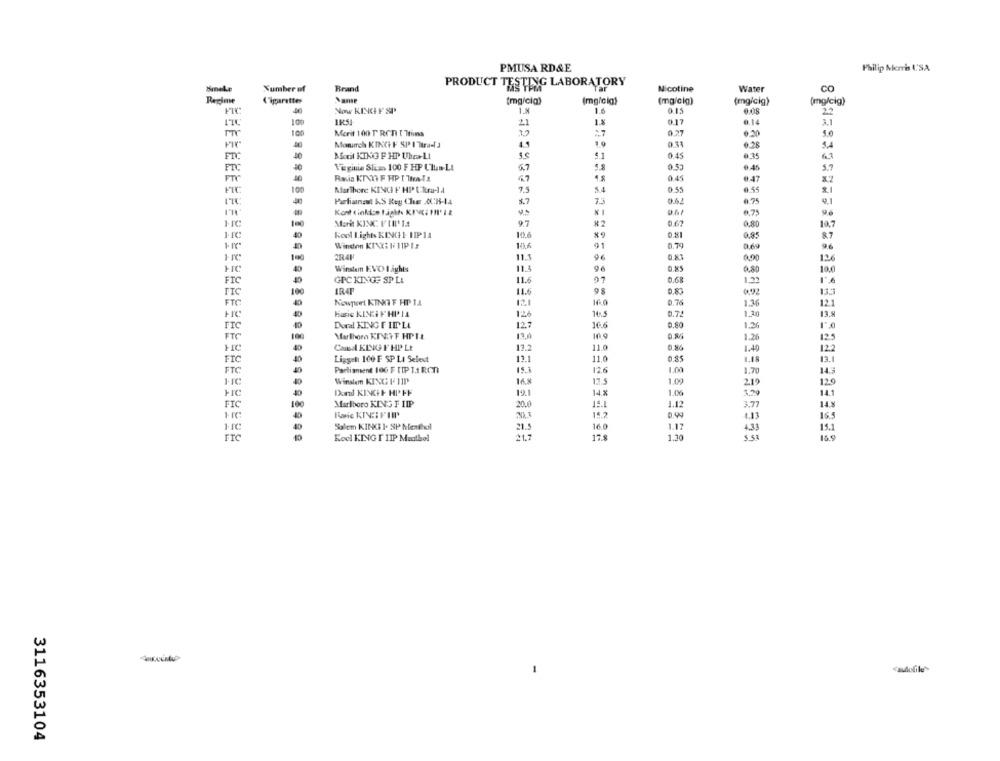
PMUSA RD&E
Philip Morris USA
dineke
Number of
Brand
PRODUCT TESTING LABORATORY
Nicotine
Water
CO
Regime
Cigarettes
(mg/cia)
(mg/cig)
(mg/cig)
(mg/cig)
(mg/cig)
Now KING F SP
0.15
22
170
21
1.8
0.17
0.14
3.1
100
Merit 100 T RON I Trins
27
0.27
0.20
OF
Monarch KIKG F SP I'Mtradi 3
6.28
14
FT
Moeil KING F HP UhrLL
0.45
0.15
63
Virginie Slim 100 F HP CTLa-LI
0.50
3.7
PIC
FTY
0.45
0.47
10
MarThere KINCH F HP Ultra-] A
7.5
5.4
0.55
0.74
Parfinnast &S Key Cher X:35-14
*7
73
0.62
0.75
Mar KING FILIA
9.7
0,80
Kool Lights KINCH IIPIA
10.6
0.81
0,95
0.69
1. 18"
Winden KIXX: F 11PIS
2R41
11.3
96
0.00
11.4
0,80
FIC
Winston EVO Lights
FIC
GPC KINGS SP LA
11.6
1.33
11.6
98
FIC
133
FTC
Newport KINKIF HP 11
0.76
1.36
12.1
Hasis KIN FHI'IA
1.20
не
13.8
TTC
Dual KING FIILI
12.7
10.6
0.80
Marthora KINY F HPIt
16.9
1.26
FTC
12.5
Cad KING F HP Lt
17.2
11.0
1.40
12.2
11.0
1.48
FIC
Ligget 100 F SP LI Select
13.1
FTC
Parliament 100 F TIP 11 ROB
12.6
1.70
Winston KING FLIP
16.8
17.5
219
20
Dand KINGHE HPFF
19.1
14.%
1.00
3.79
14.1
FIC
Marlboro KING F IIP
20.0
15.1
1.12
3.77
15.7
4.13
Salem KINKI 1- SP hlenfeil
21.5
16.0
1.17
4.11
15.1
5.53
FIC
Kool KING I IIP Mealbol
21.7
17.8
1.30
3116353104